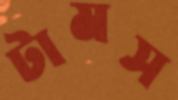
টামস